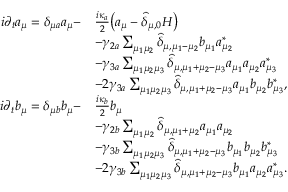
\begin{array} { r l } { i \partial _ { t } a _ { \mu } = \delta _ { \mu a } a _ { \mu } - } & { \frac { i \kappa _ { a } } { 2 } \big ( a _ { \mu } - \widehat \delta _ { \mu , 0 } { \cal H } \big ) } \\ & { - \gamma _ { 2 a } \sum _ { \mu _ { 1 } \mu _ { 2 } } \widehat \delta _ { \mu , \mu _ { 1 } - \mu _ { 2 } } b _ { \mu _ { 1 } } a _ { \mu _ { 2 } } ^ { * } } \\ & { - \gamma _ { 3 a } \sum _ { \mu _ { 1 } \mu _ { 2 } \mu _ { 3 } } \widehat \delta _ { \mu , \mu _ { 1 } + \mu _ { 2 } - \mu _ { 3 } } a _ { \mu _ { 1 } } a _ { \mu _ { 2 } } a _ { \mu _ { 3 } } ^ { * } } \\ & { - 2 \gamma _ { 3 a } \sum _ { \mu _ { 1 } \mu _ { 2 } \mu _ { 3 } } \widehat \delta _ { \mu , \mu _ { 1 } + \mu _ { 2 } - \mu _ { 3 } } a _ { \mu _ { 1 } } b _ { \mu _ { 2 } } b _ { \mu _ { 3 } } ^ { * } , } \\ { i \partial _ { t } b _ { \mu } = \delta _ { \mu b } b _ { \mu } - } & { \frac { i \kappa _ { b } } { 2 } b _ { \mu } } \\ & { - \gamma _ { 2 b } \sum _ { \mu _ { 1 } \mu _ { 2 } } \widehat \delta _ { \mu , \mu _ { 1 } + \mu _ { 2 } } a _ { \mu _ { 1 } } a _ { \mu _ { 2 } } } \\ & { - \gamma _ { 3 b } \sum _ { \mu _ { 1 } \mu _ { 2 } \mu _ { 3 } } \widehat \delta _ { \mu , \mu _ { 1 } + \mu _ { 2 } - \mu _ { 3 } } b _ { \mu _ { 1 } } b _ { \mu _ { 2 } } b _ { \mu _ { 3 } } ^ { * } } \\ & { - 2 \gamma _ { 3 b } \sum _ { \mu _ { 1 } \mu _ { 2 } \mu _ { 3 } } \widehat \delta _ { \mu , \mu _ { 1 } + \mu _ { 2 } - \mu _ { 3 } } b _ { \mu _ { 1 } } a _ { \mu _ { 2 } } a _ { \mu _ { 3 } } ^ { * } . } \end{array}